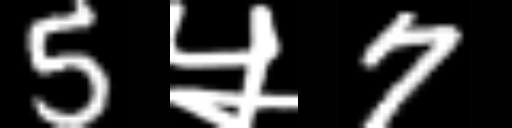
Text: 5५7